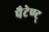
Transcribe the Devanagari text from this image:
पैटेण्ट्‍